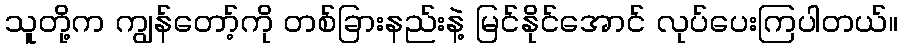
သူတို့က ကျွန်တော့်ကို တစ်ခြားနည်းနဲ့ မြင်နိုင်အောင် လုပ်ပေးကြပါတယ်။